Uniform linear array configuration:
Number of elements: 12
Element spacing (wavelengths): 0.25
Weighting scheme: uniform
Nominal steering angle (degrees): -15
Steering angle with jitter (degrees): -16.267
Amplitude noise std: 0.05
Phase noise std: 0.05

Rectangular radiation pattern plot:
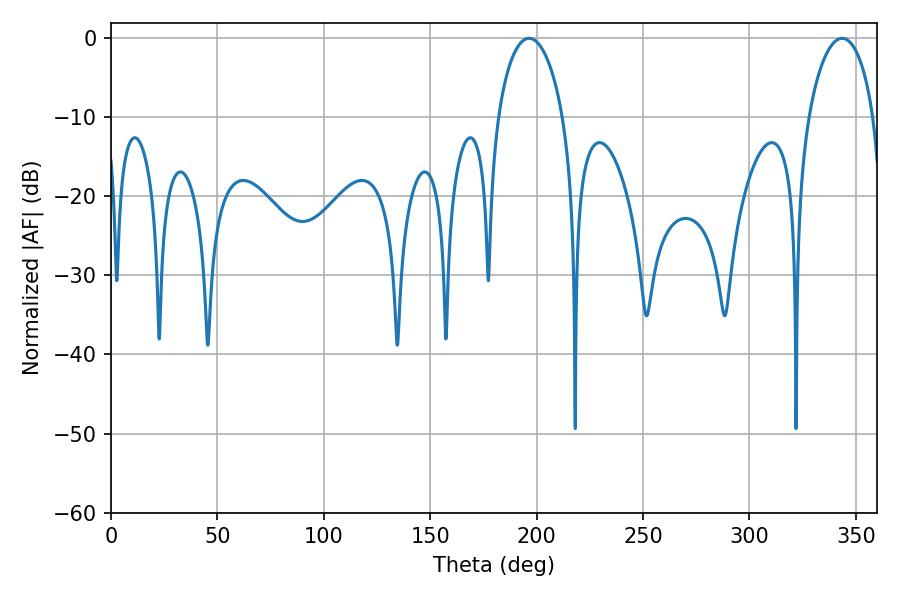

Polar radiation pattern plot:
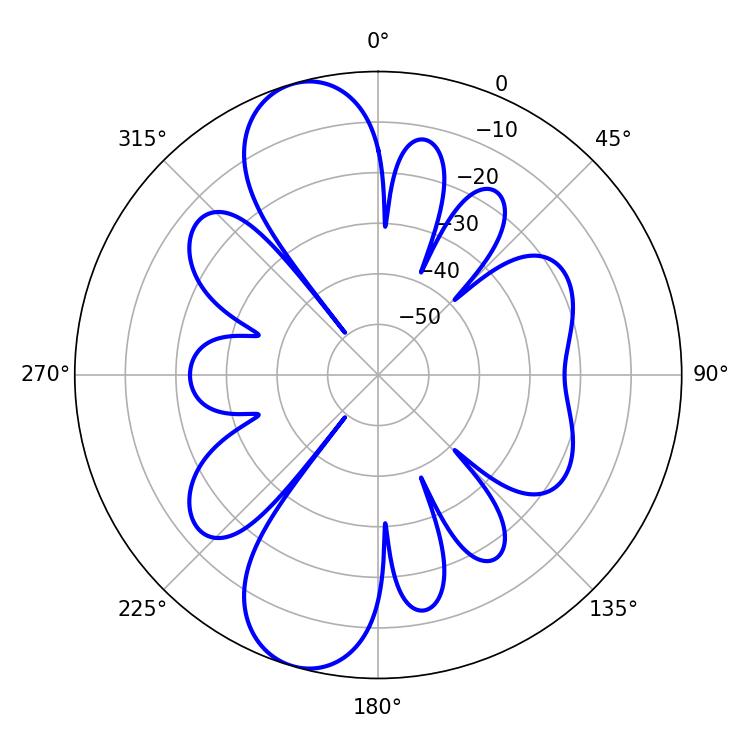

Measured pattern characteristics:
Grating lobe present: FALSE
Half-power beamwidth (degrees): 17.46
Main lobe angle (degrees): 196.38